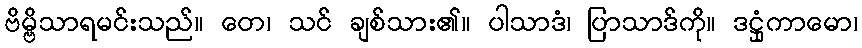
ဗိမ္ဗိသာရမင်းသည်။ တေ၊ သင် ချစ်သား၏။ ပါသာဒံ၊ ပြာသာဒ်ကို။ ဒဋ္ဌုံကာမော၊